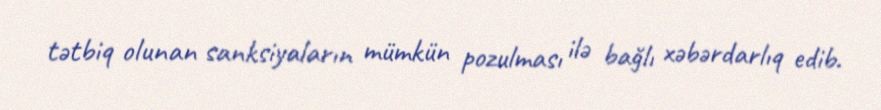
tətbiq olunan sanksiyaların mümkün pozulması ilə bağlı xəbərdarlıq edib.